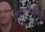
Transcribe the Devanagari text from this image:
जलक्षत्रिय